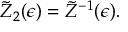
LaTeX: \tilde { Z } _ { 2 } ( \epsilon ) = \tilde { Z } ^ { - 1 } ( \epsilon ) .